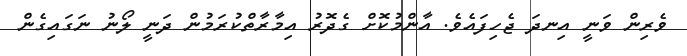
ވެރިން ވަނީ އިނދަ ޖެހިފައެވެ. އާންމުކޮށް ގެދޮރު އިމާރާތްކުރަމުން ދަނީ ލޯނު ނަގައިގެން